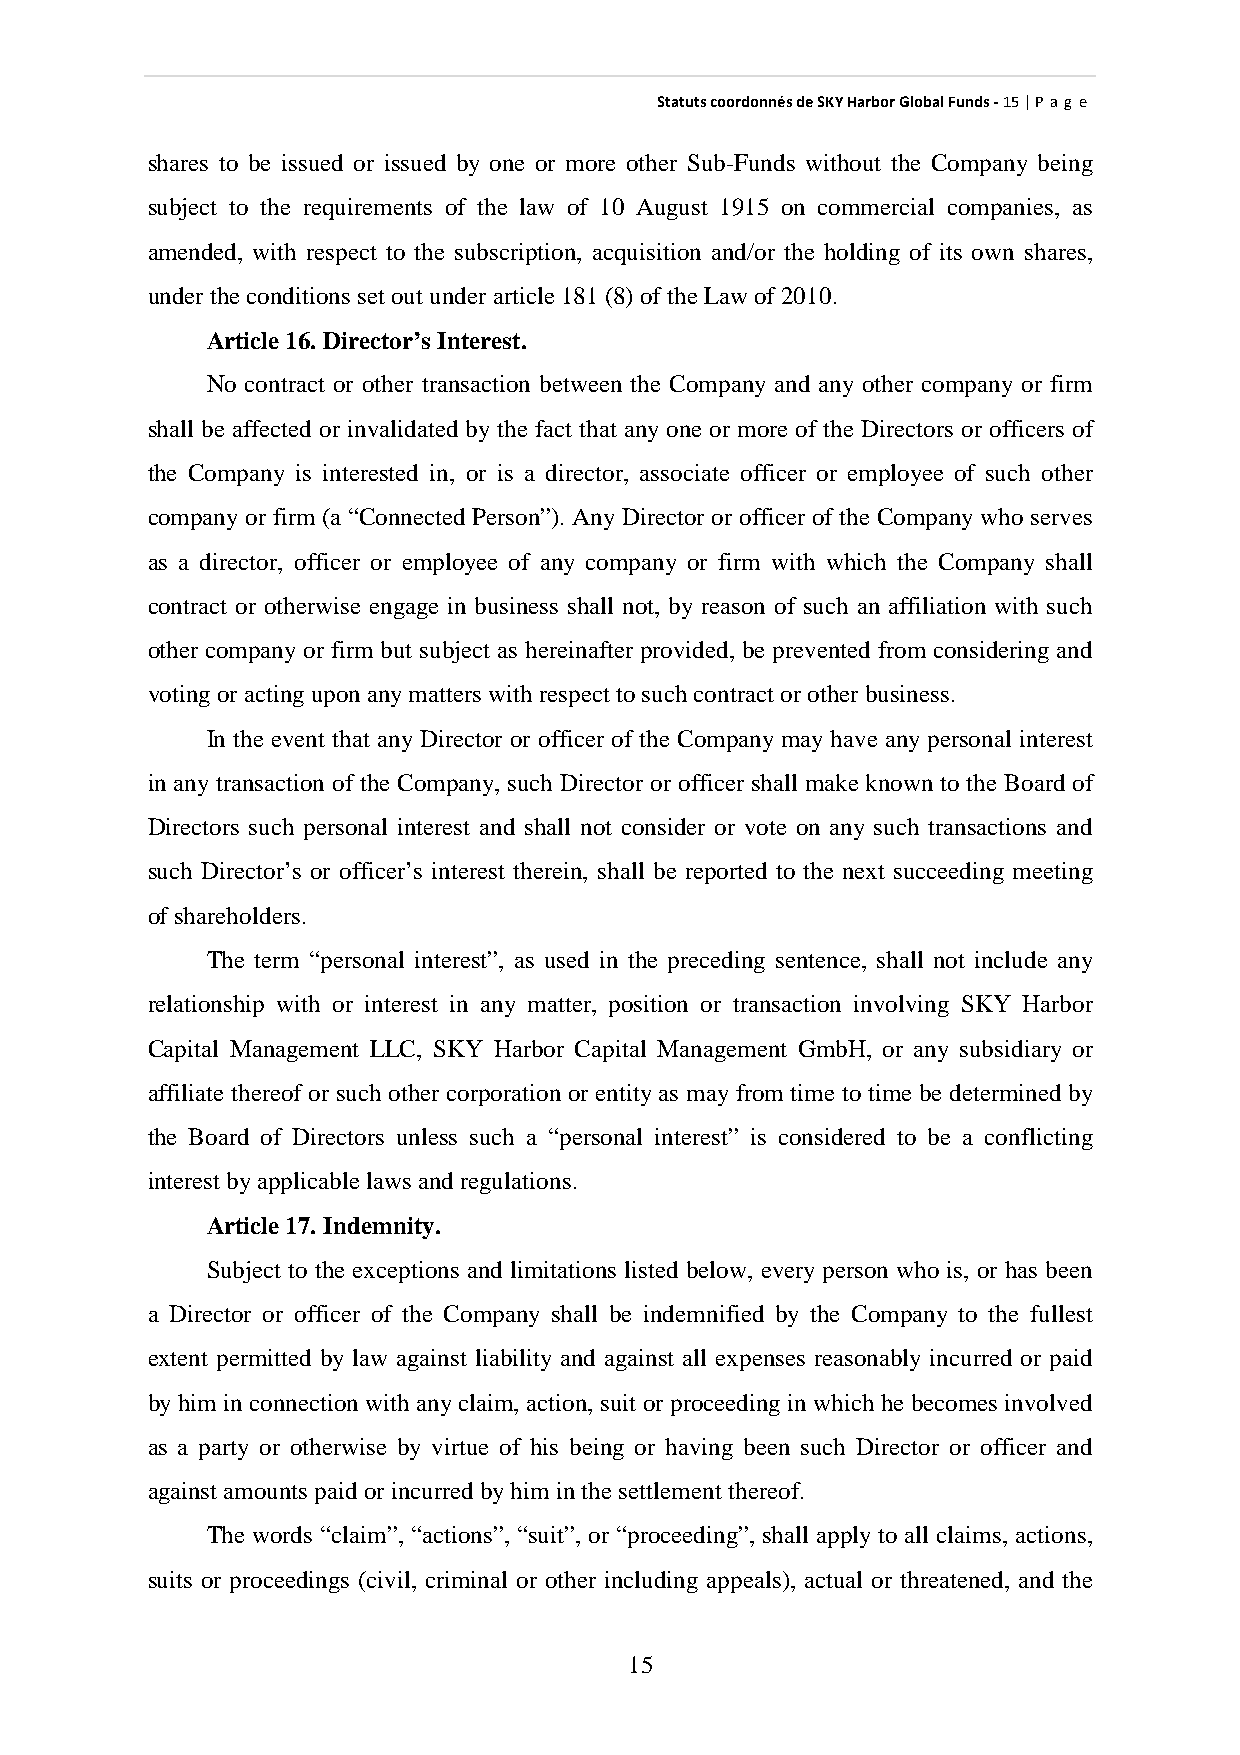
StatutscoordonnésdeSKYHarborGlobalFunds-15|P ag e
 shares to be issued or issued by one or more other Sub-Funds without the Company being
 subject to the requirements of the law of 10 August 1915 on commercial companies, as
 amended, with respect to the subscription, acquisition and/or the holding of its own shares,
 undertheconditions set out underarticle181(8)oftheLawof2010.
 Article16.Director’s Interest.
 No contract or other transaction between the Company and any other company or firm
 shall be affected or invalidated by the fact that anyone or more of the Directors or officers of
 the Company is interested in, or is a director, associate officer or employee of such other
 companyor firm (a “Connected Person”). AnyDirector or officer of the Companywho serves
 as a director, officer or employee of any company or firm with which the Company shall
 contract or otherwise engage in business shall not, by reason of such an affiliation with such
 other companyor firm but subject as hereinafter provided, be prevented from considering and
 votingoractinguponanymatters withrespect tosuchcontract orotherbusiness.
 In the event that any Director or officer of the Company may have anypersonal interest
 in anytransaction of the Company, such Director or officer shall make known to the Board of
 Directors such personal interest and shall not consider or vote on any such transactions and
 such Director’s or officer’s interest therein, shall be reported to the next succeeding meeting
 ofshareholders.
 The term “personal interest”, as used in the preceding sentence, shall not include any
 relationship with or interest in any matter, position or transaction involving SKY Harbor
 Capital Management LLC, SKY Harbor Capital Management GmbH, or any subsidiary or
 affiliate thereof or such other corporation or entityas mayfrom time to time be determined by
 the Board of Directors unless such a “personal interest” is considered to be a conflicting
 interest byapplicablelaws andregulations.
 Article17.Indemnity.
 Subject to the exceptions and limitations listed below, every person who is, or has been
 a Director or officer of the Company shall be indemnified by the Company to the fullest
 extent permitted by law against liability and against all expenses reasonably incurred or paid
 byhim in connection with anyclaim, action, suit or proceedingin which he becomes involved
 as a party or otherwise by virtue of his being or having been such Director or officer and
 against amounts paidorincurredbyhim inthesettlement thereof.
 The words “claim”, “actions”, “suit”, or “proceeding”, shall applyto all claims, actions,
 suits or proceedings (civil, criminal or other including appeals), actual or threatened, and the
 15